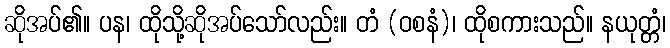
ဆိုအပ်၏။ ပန၊ ထိုသို့ဆိုအပ်သော်လည်း။ တံ (ဝစနံ)၊ ထိုစကားသည်။ နယုတ္တံ၊